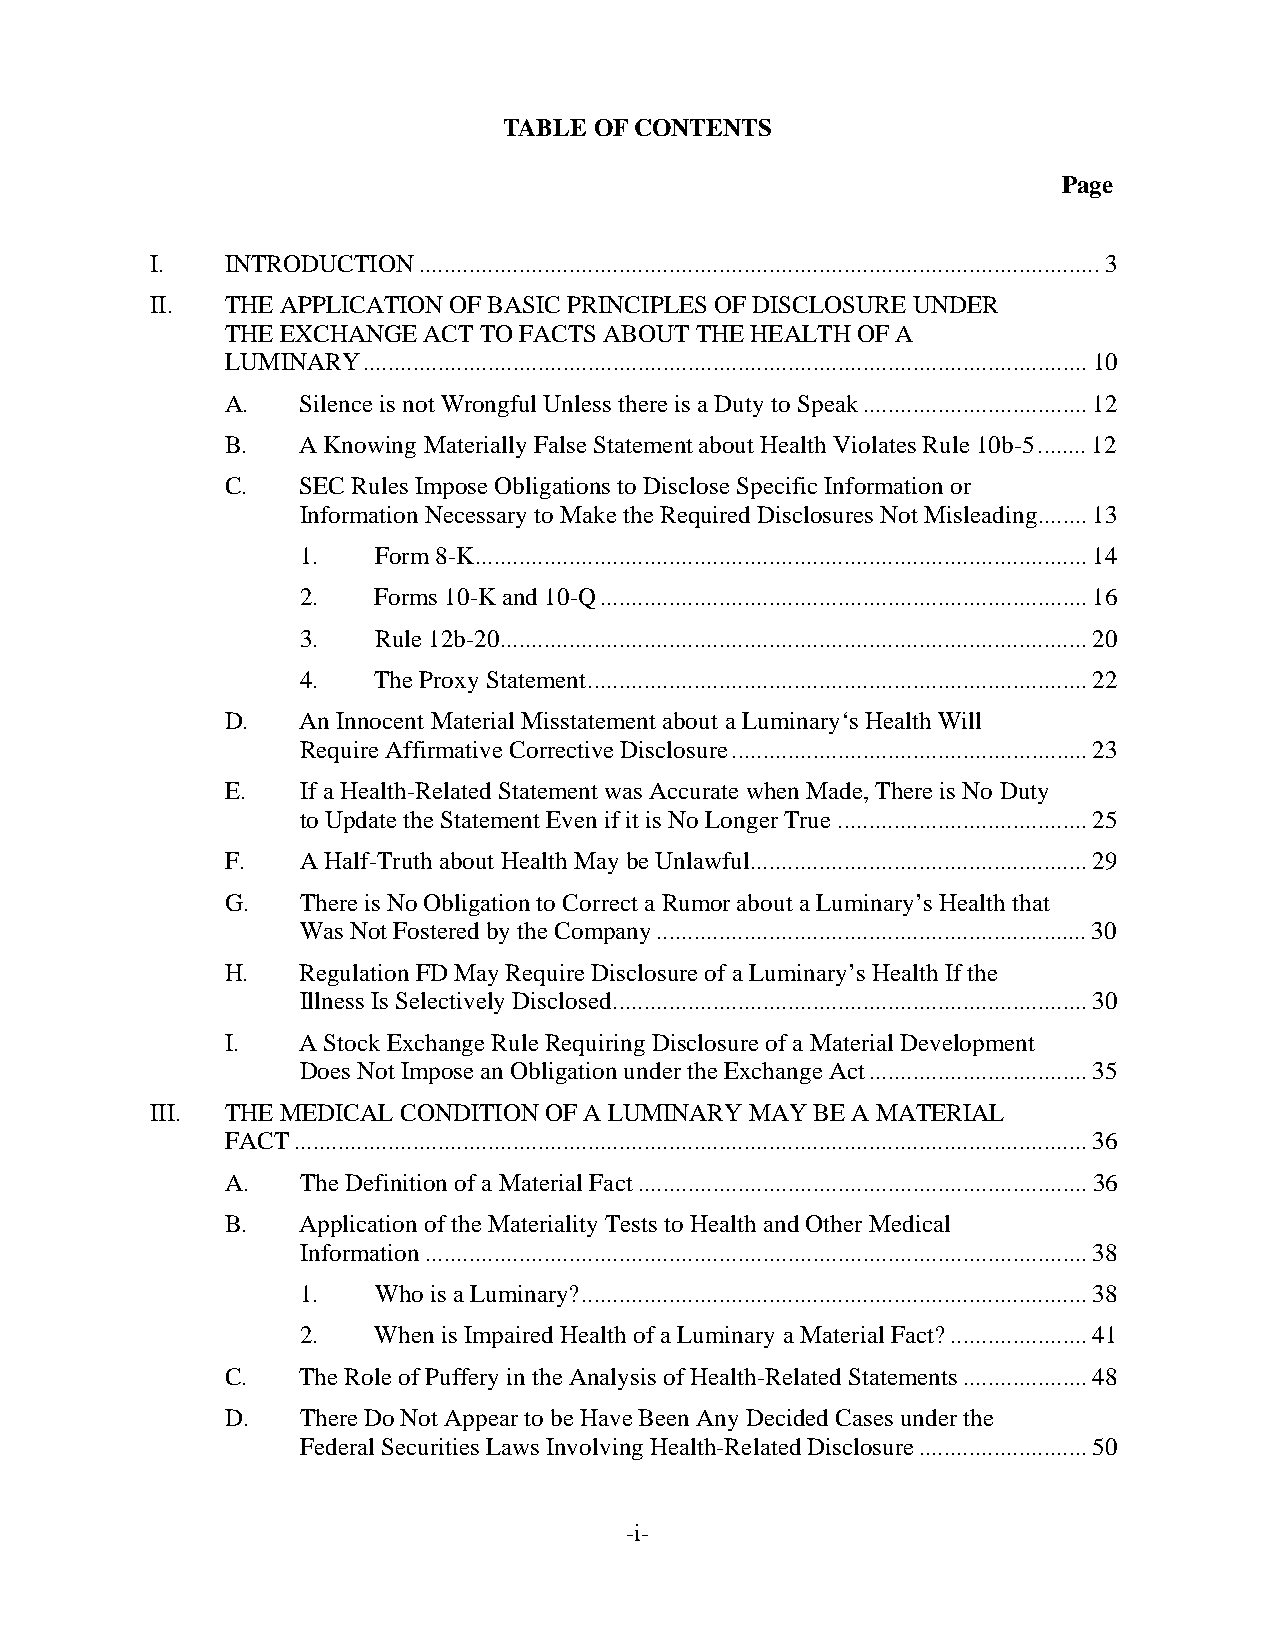
TABLE OF CONTENTS
 Page
 I.   INTRODUCTION.............................................................................................................3
 II.  THE APPLICATION OF BASIC PRINCIPLES OF DISCLOSURE UNDER
 THE EXCHANGE ACT TO FACTS ABOUT THE HEALTH OF A
 LUMINARY....................................................................................................................10
 A.   Silence is not Wrongful Unless there is a Duty to Speak....................................12
 B.   A Knowing Materially False Statement about Health Violates Rule 10b-5........12
 C.   SEC Rules Impose Obligations to Disclose Specific Information or
 Information Necessary to Make the Required Disclosures Not Misleading........13
 1.   Form 8-K..................................................................................................14
 2.   Forms 10-K and 10-Q..............................................................................16
 3.   Rule 12b-20..............................................................................................20
 4.   The Proxy Statement................................................................................22
 D.   An Innocent Material Misstatement about a Luminary‘s Health Will
 Require Affirmative Corrective Disclosure.........................................................23
 E.   If a Health-Related Statement was Accurate when Made, There is No Duty
 to Update the Statement Even if it is No Longer True........................................25
 F.   A Half-Truth about Health May be Unlawful......................................................29
 G.   There is No Obligation to Correct a Rumor about a Luminary’s Health that
 Was Not Fostered by the Company.....................................................................30
 H.   Regulation FD May Require Disclosure of a Luminary’s Health If the
 Illness Is Selectively Disclosed............................................................................30
 I.   A Stock Exchange Rule Requiring Disclosure of a Material Development
 Does Not Impose an Obligation under the Exchange Act...................................35
 III. THE MEDICAL CONDITION OF A LUMINARY MAY BE A MATERIAL
 FACT...............................................................................................................................36
 A.   The Definition of a Material Fact........................................................................36
 B.   Application of the Materiality Tests to Health and Other Medical
 Information..........................................................................................................38
 1.   Who is a Luminary?.................................................................................38
 2.   When is Impaired Health of a Luminary a Material Fact?......................41
 C.   The Role of Puffery in the Analysis of Health-Related Statements....................48
 D.   There Do Not Appear to be Have Been Any Decided Cases under the
 Federal Securities Laws Involving Health-Related Disclosure...........................50
 -i-